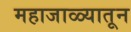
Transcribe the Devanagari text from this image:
महाजाळ्यातून